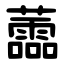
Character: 蘦